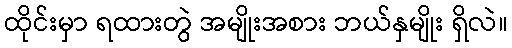
ထိုင်းမှာ ရထားတွဲ အမျိုးအစား ဘယ်နှမျိုး ရှိလဲ။